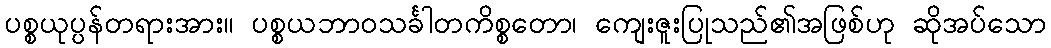
ပစ္စယုပ္ပန်တရားအား။ ပစ္စယဘာဝသင်္ခါတကိစ္စတော၊ ကျေးဇူးပြုသည်၏အဖြစ်ဟု ဆိုအပ်သော